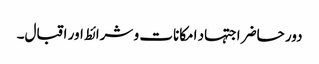
دور حاضر اجتہاد امکانات و شرائط اور اقبال۔